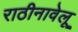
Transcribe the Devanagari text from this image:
राठीनावेलू